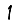
Digit: 1